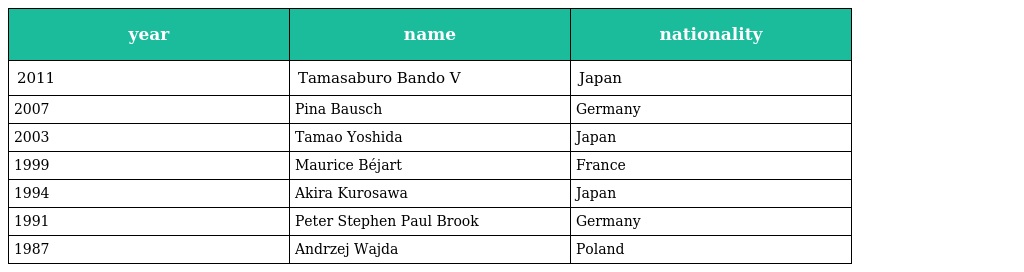
| year | name | nationality |
 | --- | --- | --- |
 | 2011 | Tamasaburo Bando V | Japan |
 | 2007 | Pina Bausch | Germany |
 | 2003 | Tamao Yoshida | Japan |
 | 1999 | Maurice Béjart | France |
 | 1994 | Akira Kurosawa | Japan |
 | 1991 | Peter Stephen Paul Brook | Germany |
 | 1987 | Andrzej Wajda | Poland |